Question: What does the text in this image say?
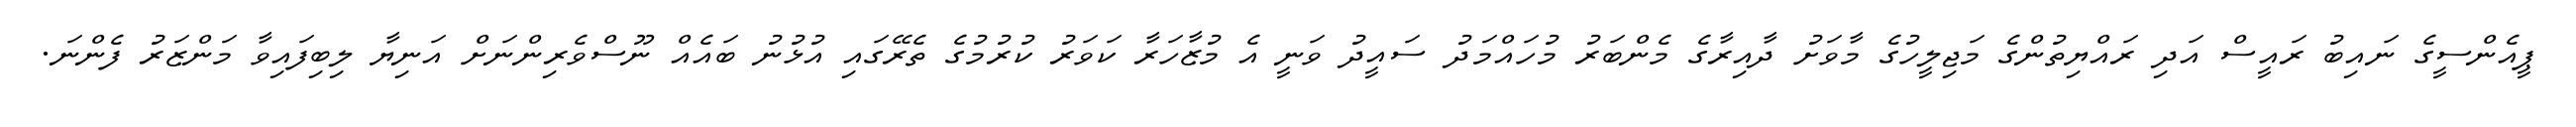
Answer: ޕީއެންސީގެ ނައިބު ރައީސް އަދި ރައްޔިތުންގެ މަޖިލީހުގެ މާވަށު ދާއިރާގެ މެންބަރު މުހައްމަދު ސައީދު ވަނީ އެ މުޒާހަރާ ކަވަރު ކުރުމުގެ ތެރޭގައި އުޅުނު ބައެއް ނޫސްވެރިންނަށް އަނިޔާ ލިބިފައިވާ މަންޒަރު ފެންނަ.